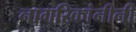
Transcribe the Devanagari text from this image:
नागरिकांनीनी